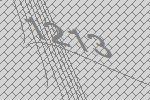
1213